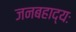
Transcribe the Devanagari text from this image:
जनबहाद्यः